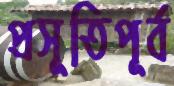
প্রসূতিপূর্ব